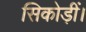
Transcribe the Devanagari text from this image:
सिकोड़ीं।